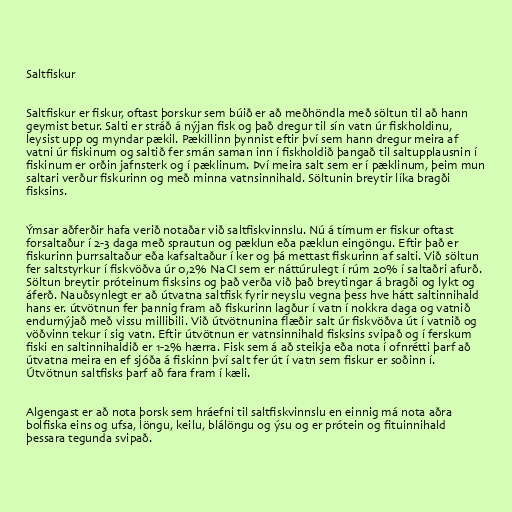
Saltfiskur

Saltfiskur er fiskur, oftast þorskur sem búið er að meðhöndla með söltun til að hann
geymist betur. Salti er stráð á nýjan fisk og það dregur til sín vatn úr fiskholdinu,
leysist upp og myndar pækil. Pækillinn þynnist eftir því sem hann dregur meira af
vatni úr fiskinum og saltið fer smán saman inn í fiskholdið þangað til saltupplausnin í
fiskinum er orðin jafnsterk og í pæklinum. Því meira salt sem er í pæklinum, þeim mun
saltari verður fiskurinn og með minna vatnsinnihald. Söltunin breytir líka bragði
fisksins.

Ýmsar aðferðir hafa verið notaðar við saltfiskvinnslu. Nú á tímum er fiskur oftast
forsaltaður í 2-3 daga með sprautun og pæklun eða pæklun eingöngu. Eftir það er
fiskurinn þurrsaltaður eða kafsaltaður í ker og þá mettast fiskurinn af salti. Við söltun
fer saltstyrkur í fiskvöðva úr 0,2% NaCI sem er náttúrulegt í rúm 20% í saltaðri afurð.
Söltun breytir próteinum fisksins og það verða við það breytingar á bragði og lykt og
áferð. Nauðsynlegt er að útvatna saltfisk fyrir neyslu vegna þess hve hátt saltinnihald
hans er. útvötnun fer þannig fram að fiskurinn lagður í vatn í nokkra daga og vatnið
endurnýjað með vissu millibili. Við útvötnunina flæðir salt úr fiskvöðva út í vatnið og
vöðvinn tekur í sig vatn. Eftir útvötnun er vatnsinnihald fisksins svipað og í ferskum
fiski en saltinnihaldið er 1-2% hærra. Fisk sem á að steikja eða nota í ofnrétti þarf að
útvatna meira en ef sjóða á fiskinn því salt fer út í vatn sem fiskur er soðinn í.
Útvötnun saltfisks þarf að fara fram í kæli.

Algengast er að nota þorsk sem hráefni til saltfiskvinnslu en einnig má nota aðra
bolfiska eins og ufsa, löngu, keilu, blálöngu og ýsu og er prótein og fituinnihald
þessara tegunda svipað.